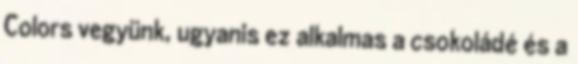
Colors vegyünk, ugyanis ez alkalmas a csokoládé és a